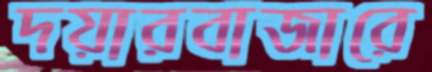
দয়ারবাজারে